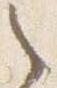
之